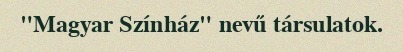
"Magyar Színház" nevű társulatok.